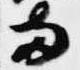
両